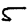
Digit: 5